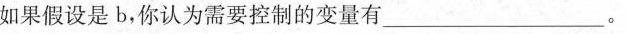
如果假设是b，你认为需要控制的变量有___。